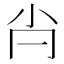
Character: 𡭙